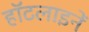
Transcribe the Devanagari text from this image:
हॉटलाइनें